Vaccination United Provinces of Agra and Oudh 1914-1922 - 1914-1922
Year: 1914
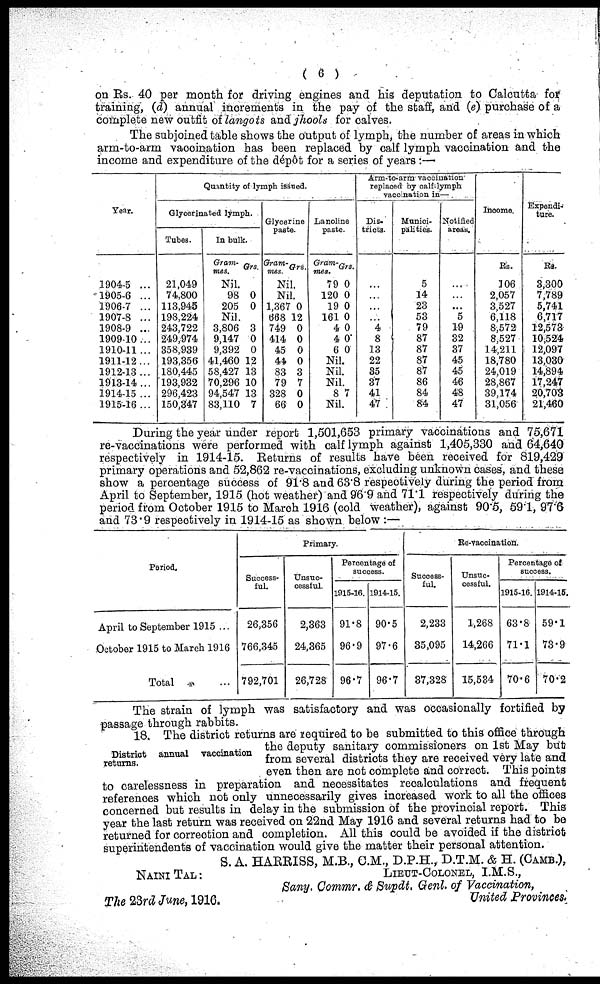
( 6 )
on Rs. 40 per month for driving engines and his deputation to Calcutta for
training, (d) annual increments in the pay of the staff, and (e) purchase of a
complete new outfit of langots and jhools for calves.
The subjoined table shows the output of lymph, the number of areas in which
arm-to-arm vaccination has been replaced by calf lymph vaccination and the
income and expenditure of the dépôt for a series of years:—
Year.
1904-5 ...
1905-6 ...
1906-7 ...
1907-8 ...
1908-9 ...
1909-10 ...
1910-11 ...
1911-12...
1912-13...
1913-14...
1914-15 ...
1915-16...
Quantity of lymph issued.
Glycerinated lymph.
Tubes.
21,049
74,800
113,945
198,224
243,722
249,974
358,939
193,356
180,445
193,932
296,423
150,347
In bulk.
Gram-
mes.
Grs.
Nil.
98
205
0
0
Nil.
3,806
9,147
9,392
41,460
58,427
70,296
94,547
83,110
3
0
0
12
13
10
13
7
Glycerine
paste.
Gram-
mes. Grs.
Nil.
Nil.
1,367
668
749
414
45
44
83
79
328
66
0
12
0
0
0
0
3
7
0
0
Lanoline
paste.
Gram-
met.
79
120
19
161
4
4
6
Grs.
0
0
0
0
0
0
0
Nil.
Nil.
Nil.
8 7
Nil.
Arm-to-arm vaccination
replaced by calf-lymph.
vaccination in—
Dis-
tricts.
...
...
...
...
4
8
13
22
35
37
41
47
Munici-
palities.
5
14
23
53
79
87
87
87
87
86
84
84
Notified
areas.
...
...
...
5
19
32
37
45
45
46
48
47
Income.
Rs.
106
2,057
3,527
6,118
8,572
8,527
14,211
18,780
24,019
28,867
39,174
31,056
Expendi-
ture.
Rs.
3,300
7,789
5,741
6,717
12,573
10,524
12,097
13,030
14,894
17,247
20,703
21,460
During the year under report 1,501,653 primary vaccinations and 75,671
re-vaccinations were performed with calf lymph against 1,405,330 and 64,640
respectively in 1914-15. Returns of results have been received for 819,429
primary operations and 52,862 re-vaccinations, excluding unknown cases, and these
show a percentage success of 91.8 and 63.8 respectively during the period from
April to September, 1915 (hot weather) and 969 and 71.1 respectively during the
period from October 1915 to Maroh 1916 (cold weather), against 90.5, 591, 97.6
and 73 . 9 respectively in 1914-15 as shown below :—
Period.
April to September 1915 ...
October 1915 to March 1916
Total ...
Primary.
Success-
ful.
26,356
766,345
792,701
Unsuc-
cessful.
2,363
24,365
26,728
Percentage of
success.
1915-16.
91.8
96.9
96.7
1914-15.
90.5
97.6
96.7
Re-vaccination.
Success-
ful.
2,233
35,095
37,328
Unsuc-
cessful.
1,268
14,266
15,534
Percentage of
success.
1915-16.
63.8
71.1
70.6
1914-15.
59.1
73.9
70.2
The strain of lymph was satisfactory and was occasionally fortified by
passage through rabbits.
District annual vaccination
returns.
18. The district returns are required to be submitted to this office through
the deputy sanitary commissioners on 1st May but
from several districts they are received very late and
even then are not complete and correct. This points
to carelessness in preparation and necessitates recalculations and frequent
references which not only unnecessarily gives increased work to all the offices
concerned but results in delay in the submission of the provincial report. This
year the last return was received on 22nd May 1916 and several returns had to be
returned for correction and completion. All this could be avoided if the district
superintendents of vaccination would give the matter their personal attention.
NAINI TAL :
The 23rd June, 1916.
S. A. HARRISS, M.B., G.M., D.P.H., D.T.M. & H. (CAMB.),
LIEUT-COLONEL, I.M.S.,
Sany. Commr. & Supdt. Genl. of Vaccination,
United Provinces.